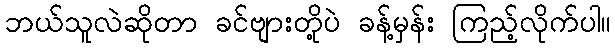
ဘယ်သူလဲဆိုတာ ခင်ဗျားတို့ပဲ ခန့်မှန်း ကြည့်လိုက်ပါ။